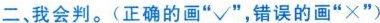
二、我会判。(正确的画”√”，错误的画”×”)